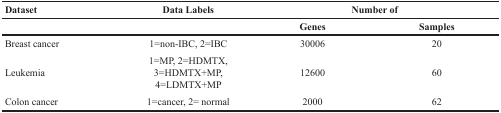
<table><thead><tr><td><b>Dataset</b></td><td><b>Data Labels</b></td><td colspan="2"><b>Number of</b></td></tr><tr><td></td><td></td><td><b>Genes</b></td><td><b>Samples</b></td></tr></thead><tbody><tr><td>Breast cancer</td><td>1=non-IBC, 2=IBC</td><td>30006</td><td>20</td></tr><tr><td>Leukemia</td><td>1=MP, 2=HDMTX, 3=HDMTX+MP, 4=LDMTX+MP</td><td>12600</td><td>60</td></tr><tr><td>Colon cancer</td><td>1=cancer, 2= normal</td><td>2000</td><td>62</td></tr></tbody></table>